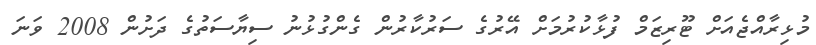
މުޅިރާއްޖެއަށް ޓޫރިޒަމް ފުޅާކުރުމަށް އޭރުގެ ސަރުކާރުން ގެންގުޅުނު ސިޔާސަތުގެ ދަށުން 2008 ވަނަ